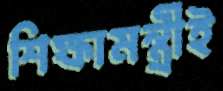
শিক্ষামন্ত্রীই